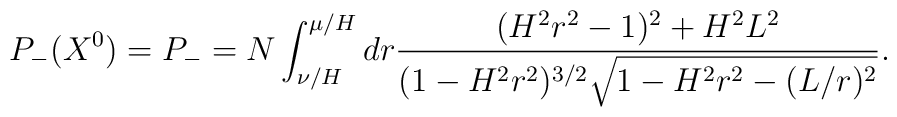
P_-(X^0)=P_-=N\int_{\nu/H}^{\mu/H} dr\frac{(H^2r^2-1)^2+H^2L^2}{(1-H^2r^2)^{3/2}\sqrt{1-H^2r^2-(L/r)^2}}.